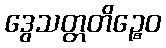
ဒွေသတ္တတိဉ္စေဝ